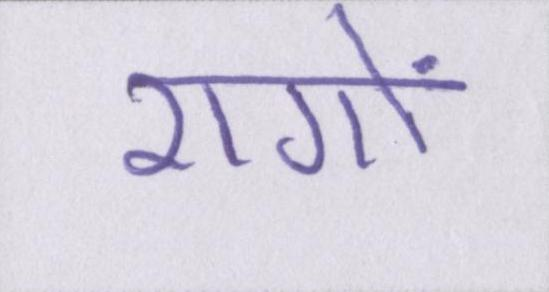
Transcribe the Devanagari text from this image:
रागों